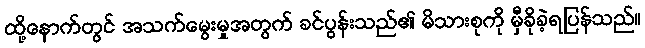
ထို့နောက်တွင် အသက်မွေးမှုအတွက် ခင်ပွန်းသည်၏ မိသားစုကို မှီခိုခဲ့ရပြန်သည်။